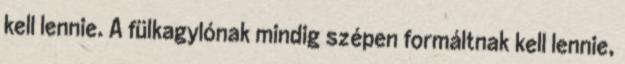
kell lennie. A fülkagylónak mindig szépen formáltnak kell lennie,